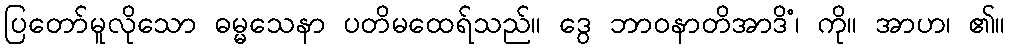
ပြတော်မူလိုသော ဓမ္မသေနာ ပတိမထေရ်သည်။ ဒွေ ဘာဝနာတိအာဒိံ၊ ကို။ အာဟ၊ ၏။